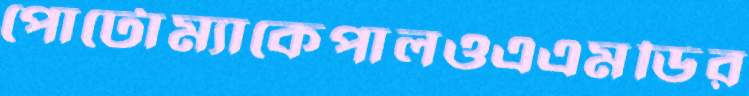
পোটোম্যাকেপালওএএমডির